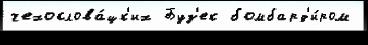
чехослова́цк'их Буз'ек бомбард'и́ром